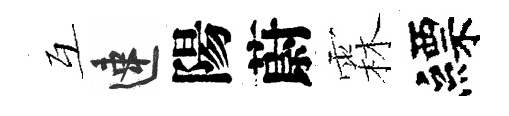
互速陽蔚霖縹